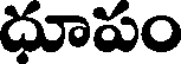
ధూపం